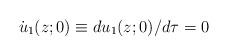
LaTeX: \begin{align*}\dot u_1(z;0) \equiv d u_1(z; 0)/ d\tau = 0\end{align*}